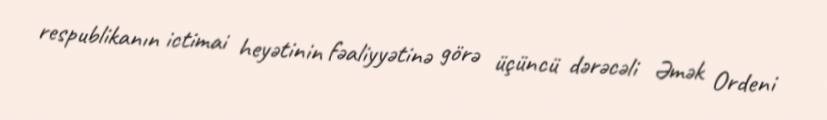
respublikanın ictimai heyətinin fəaliyyətinə görə üçüncü dərəcəli Əmək Ordeni